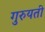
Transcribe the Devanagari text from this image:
गुरुयती